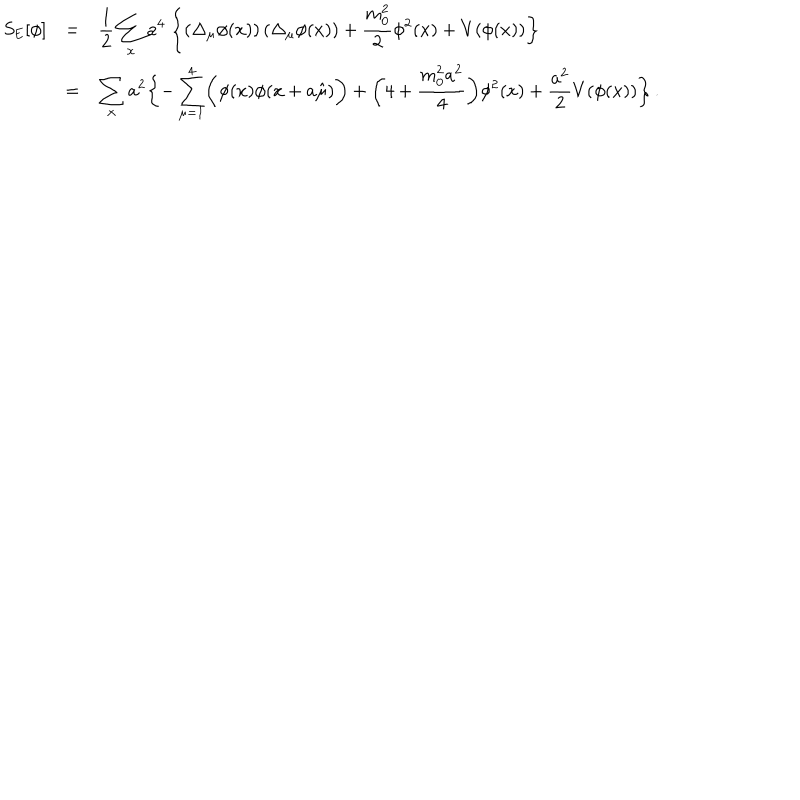
\begin{array} { r c l } { { S _ { \mathrm { E } } [ \phi ] } } & { { = } } & { { \displaystyle \frac { 1 } { 2 } \sum _ { x } a ^ { 4 } \ \biggl \{ \left( \Delta _ { \mu } \phi ( x ) \right) \left( \Delta _ { \mu } \phi ( x ) \right) + { \displaystyle \frac { m _ { 0 } ^ { 2 } } { 2 } } \phi ^ { 2 } ( x ) + V ( \phi ( x ) ) \biggr \} } } \\ { { } } & { { = } } & { { \displaystyle \sum _ { x } a ^ { 2 } \biggl \{ - \sum _ { \mu = 1 } ^ { 4 } \biggl ( \phi ( x ) \phi ( x + a \hat { \mu } ) \biggr ) + \biggl ( 4 + { \displaystyle \frac { m _ { 0 } ^ { 2 } a ^ { 2 } } { 4 } } \biggr ) \phi ^ { 2 } ( x ) + { \displaystyle \frac { a ^ { 2 } } { 2 } } V ( \phi ( x ) ) \biggr \} \, . } } \\ \end{array}